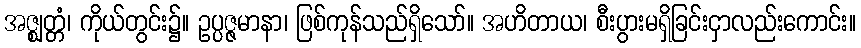
အဇ္ဈတ္တံ၊ ကိုယ်တွင်း၌။ ဥပ္ပဇ္ဇမာနာ၊ ဖြစ်ကုန်သည်ရှိသော်။ အဟိတာယ၊ စီးပွားမရှိခြင်းငှာလည်းကောင်း။